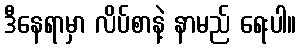
ဒီနေရာမှာ လိပ်စာနဲ့ နာမည် ရေးပါ။